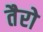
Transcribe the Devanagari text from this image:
तैरो